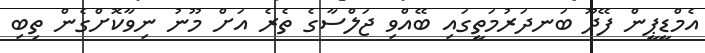
އެމްޑީޕީން ފޭދޫ ބަނދަރުމަތީގައި ބޭއްވި ޖަލްސާގެ ތެރެ އަށް މޫނު ނިވާކޮށްގެން ތިބި